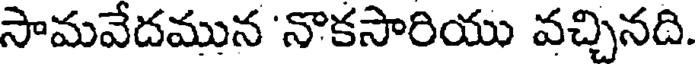
సామవేదమున 'నొకసారియు వచ్చినది.